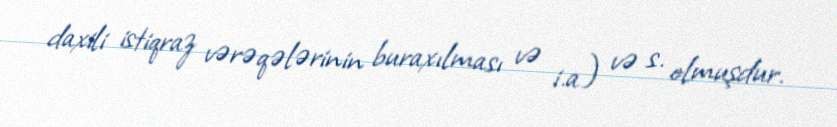
daxili istiqraz vərəqələrinin buraxılması və i.a) və s. olmuşdur.